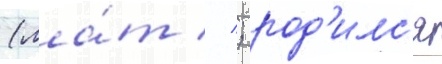
(ла́т // ; род'илс'я